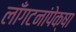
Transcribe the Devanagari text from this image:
लाँगटनांपेक्षा